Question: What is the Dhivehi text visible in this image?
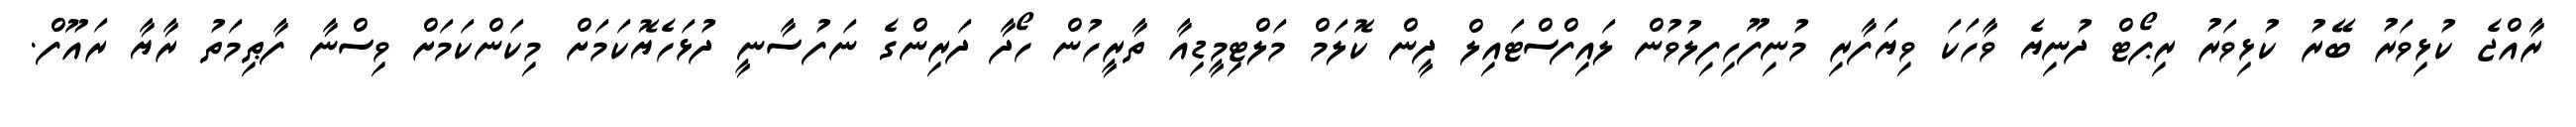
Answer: ރާއްޖެ ކުޅިވަރު ބޭރު ކުޅިވަރު ރިޕޯޓް ދުނިޔެ ވާހަކަ ވިޔަފާރި މުނިފޫހިފިލުވުން ލައިފްސްޓައިލް ދީން ކޮލަމް މަލްޓިމީޑިއާ ތާރީހުން ހޯދާ ދަރިންގެ ނަފުސާނީ ދުޅަހެޔޮކަމަށް މިކަންކަމަށް ވިސްނާ ފާޠިމަތު ރާޔާ ރައޫފް.